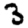
Digit: 3